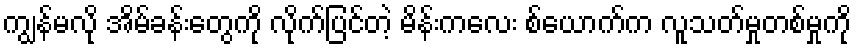
ကျွန်မလို အိမ်ခန်းတွေကို လိုက်ပြင်တဲ့ မိန်းကလေး စ်ယောက်က လူသတ်မှုတစ်မှုကို